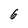
Character: 6